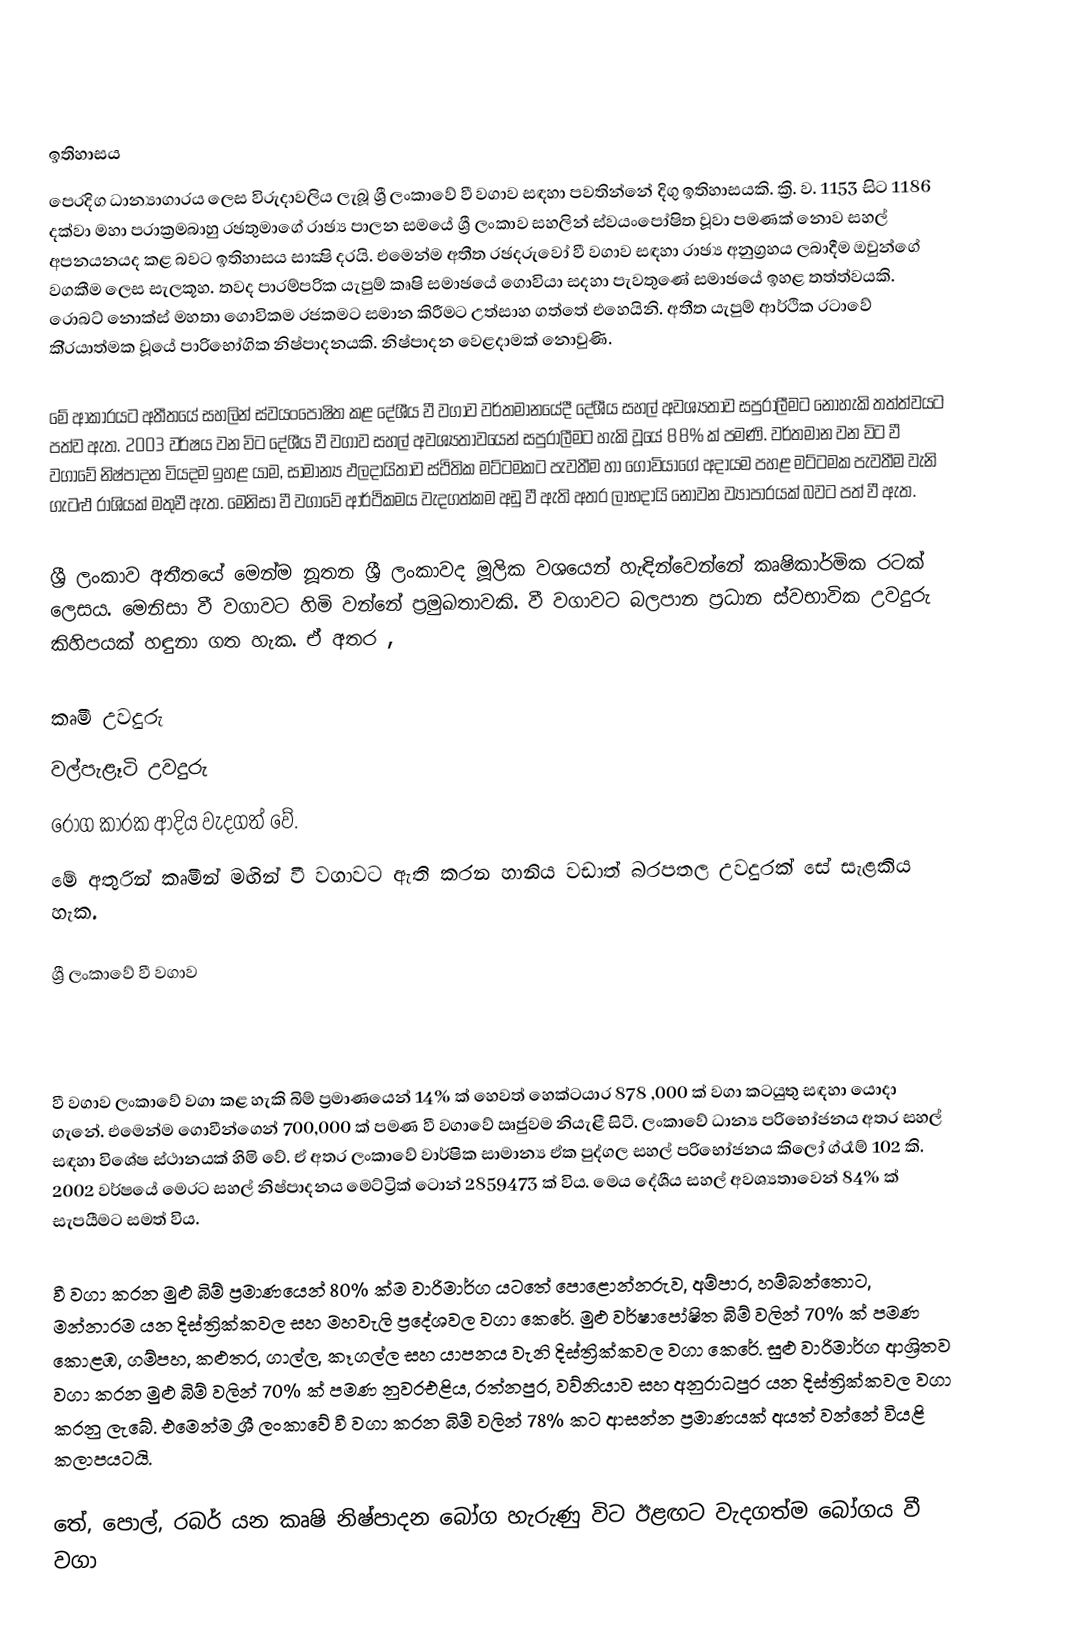

ඉතිහාසය
පෙරදිග ධාන්‍යාගාරය ලෙස විරුදාවලිය ලැබූ ශ්‍රී ලංකාවේ වී වගාව සඳහා පවතින්නේ දිගු ඉතිහාසයකි. ක්‍රි. ව. 1153 සිට 1186 දක්වා මහා පරාක්‍රමබාහු රඡතුමාගේ රාඡ්‍ය පාලන සමයේ ශ්‍රී ලංකාව සහලින් ස්වයංපෝෂිත වූවා පමණක් නොව සහල් අපනයනයද කළ බවට ඉතිහාසය සාක්‍ෂි දරයි. එමෙන්ම අතීත රඡදරුවෝ වී වගාව සඳහා රාඡ්‍ය අනුග්‍රහය ලබාදීම ඔවුන්ගේ වගකීම ලෙස සැලකූහ. තවද පාරම්පරික යැපුම් කෘෂි සමාඡයේ ගොවියා සදහා පැවතුණේ සමාඡයේ ඉහළ තත්ත්වයකි. රොබට් නොක්ස් මහතා ගොවිකම රජකමට සමාන කිරීමට උත්සාහ ගත්තේ එහෙයිනි. අතීත යැපුම් ආර්ථික රටාවේ  කි්‍රයාත්මක වූයේ පාරිභෝගික නිෂ්පාදනයකි. නිෂ්පාදන වෙළදාමක් නොවුණි.

මේ ආකාරයට අතීතයේ සහලින් ස්වයංපෝෂිත කළ දේශීය වී වගාව වර්තමානයේදී දේශීය සහල් අවශ්‍යතාව සපුරාලීමට නොහැකි තත්ත්වයට පත්ව ඇත. 2003 වර්ෂය වන විට දේශීය වී වගාව සහල් අවශ්‍යතාවයෙන් සපුරාලීමට හැකි වූයේ 88% ක් පමණි. වර්තමාන වන විට වී වගාවේ නිෂ්පාදන වියදම ඉහළ යාම, සාමාන්‍ය ඵලදායිතාව ස්ථිතික මට්ටමකට පැවතීම හා ගොවියාගේ අදායම පහළ මට්ටමක පැවතීම වැනි ගැටළු රාශියක් මතුවී ඇත. මෙනිසා වී වගාවේ ආර්ථිකමය වැදගත්කම අඩු වී ඇති අතර ලාභදායි නොවන ව්‍යාපාරයක් බවට පත් වී ඇත.

ශ්‍රී ලංකාව අතීතයේ මෙන්ම නූතන ශ්‍රී ලංකාවද මූලික වශයෙන් හැඳින්වෙන්නේ කෘෂිකාර්මික රටක් ලෙසය. මෙනිසා වී වගාවට හිමි වන්නේ ප්‍රමුඛතාවකි. වී වගාවට බලපාන ප්‍රධාන ස්වභාවික උවදුරු කිහිපයක් හඳුනා ගත හැක. ඒ අතර ,

	කෘමී උවදුරු
	වල්පැළෑටි උවදුරු
	රෝග කාරක          ආදිය වැදගත් වේ.
මේ අතුරින් කෘමීන් මඟින් වී වගාවට ඇති කරන හානිය වඩාත් බරපතල උවදුරක් සේ සැළකිය හැක.

ශ්‍රී ලංකාවේ වී වගාව

වී වගාව ලංකාවේ වගා කළ හැකි බිම් ප්‍රමාණයෙන් 14% ක් හෙවත් හෙක්ටයාර 878 ,000 ක් වගා කටයුතු සඳහා යොදා ගැනේ. එමෙන්ම ගොවීන්ගෙන් 700,000 ක් පමණ වී වගාවේ ඍජුවම නියැළී සිටී.  ලංකාවේ ධාන්‍ය පරිභෝජනය අතර සහල් සඳහා විශේෂ ස්ථානයක් හිමි වේ. ඒ අතර  ලංකාවේ වාර්ෂික සාමාන්‍ය ඒක පුද්ගල සහල් පරිභෝජනය කිලෝ ග්රෑම් 102 කි. 2002 වර්ෂයේ මෙරට සහල් නිෂ්පාදනය මෙට්ට්‍රික් ටොන් 2859473 ක් විය. මෙය දේශීය සහල් අවශ්‍යතාවෙන් 84% ක් සැපයීමට සමත් විය.

වී වගා කරන මුළු බිම් ප්‍රමාණයෙන් 80% ක්ම වාරිමාර්ග යටතේ පොළොන්නරුව, අම්පාර, හම්බන්තොට, මන්නාරම යන දිස්ත්‍රික්කවල සහ මහවැලි ප්‍රදේශවල වගා කෙරේ. මුළු වර්ෂාපෝෂිත බිම් වලින් 70% ක් පමණ කොළඹ, ගම්පහ, කළුතර, ගාල්ල, කෑගල්ල සහ යාපනය වැනි දිස්ත්‍රික්කවල වගා කෙරේ. සුළු වාරිමාර්ග ආශ්‍රිතව වගා කරන මුළු බිම් වලින් 70% ක් පමණ නුවරඑළිය, රත්නපුර, වව්නියාව සහ අනුරාධපුර යන දිස්ත්‍රික්කවල වගා කරනු ලැබේ. එමෙන්ම ශ්‍රී ලංකාවේ වී වගා කරන බිම් වලින් 78% කට ආසන්න ප්‍රමාණයක් අයත් වන්නේ  වියළි කලාපයටයි.

තේ, පොල්, රබර් යන කෘෂි නිෂ්පාදන බෝග හැරුණු විට ඊළඟට වැදගත්ම බෝගය වී වගා